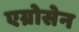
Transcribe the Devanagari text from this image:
एग्रोसेन